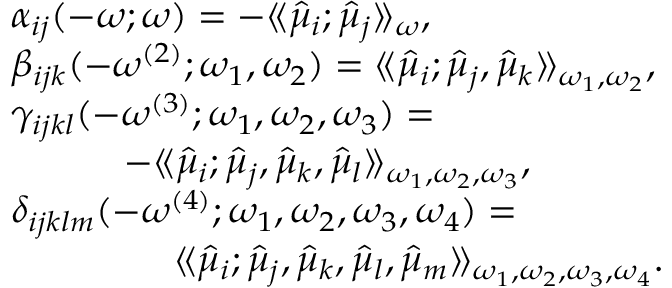
\begin{array} { r l } & { \alpha _ { i j } ( - \omega ; \omega ) = - \langle \! \langle \hat { \mu } _ { i } ; \hat { \mu } _ { j } \rangle \! \rangle _ { \omega } , } \\ & { \beta _ { i j k } ( - \omega ^ { ( 2 ) } ; \omega _ { 1 } , \omega _ { 2 } ) = \langle \! \langle \hat { \mu } _ { i } ; \hat { \mu } _ { j } , \hat { \mu } _ { k } \rangle \! \rangle _ { \omega _ { 1 } , \omega _ { 2 } } , } \\ & { \gamma _ { i j k l } ( - \omega ^ { ( 3 ) } ; \omega _ { 1 } , \omega _ { 2 } , \omega _ { 3 } ) = } \\ & { \qquad \quad - \langle \! \langle \hat { \mu } _ { i } ; \hat { \mu } _ { j } , \hat { \mu } _ { k } , \hat { \mu } _ { l } \rangle \! \rangle _ { \omega _ { 1 } , \omega _ { 2 } , \omega _ { 3 } } , } \\ & { \delta _ { i j k l m } ( - \omega ^ { ( 4 ) } ; \omega _ { 1 } , \omega _ { 2 } , \omega _ { 3 } , \omega _ { 4 } ) = } \\ & { \qquad \qquad \ \langle \! \langle \hat { \mu } _ { i } ; \hat { \mu } _ { j } , \hat { \mu } _ { k } , \hat { \mu } _ { l } , \hat { \mu } _ { m } \rangle \! \rangle _ { \omega _ { 1 } , \omega _ { 2 } , \omega _ { 3 } , \omega _ { 4 } } . } \end{array}